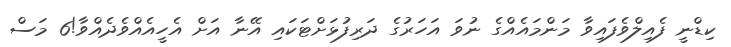
ކިޑްނީ ފެއިލްވެފައިވާ މަންމައެއްގެ ނުވަ އަހަރުގެ ދަރިފުޅަށްޓަކައި އޭނާ އަށް އެހީއެއްވެދެއްވާ!6 މަސް